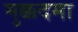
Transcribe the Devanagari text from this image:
मुक्कदमा